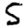
Digit: 5